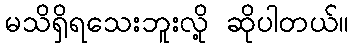
မသိရှိရသေးဘူးလို့ ဆိုပါတယ်။